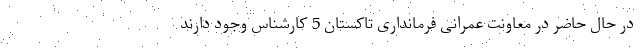
در حال حاضر در معاونت عمرانی فرمانداری تاکستان 5 کارشناس وجود دارند